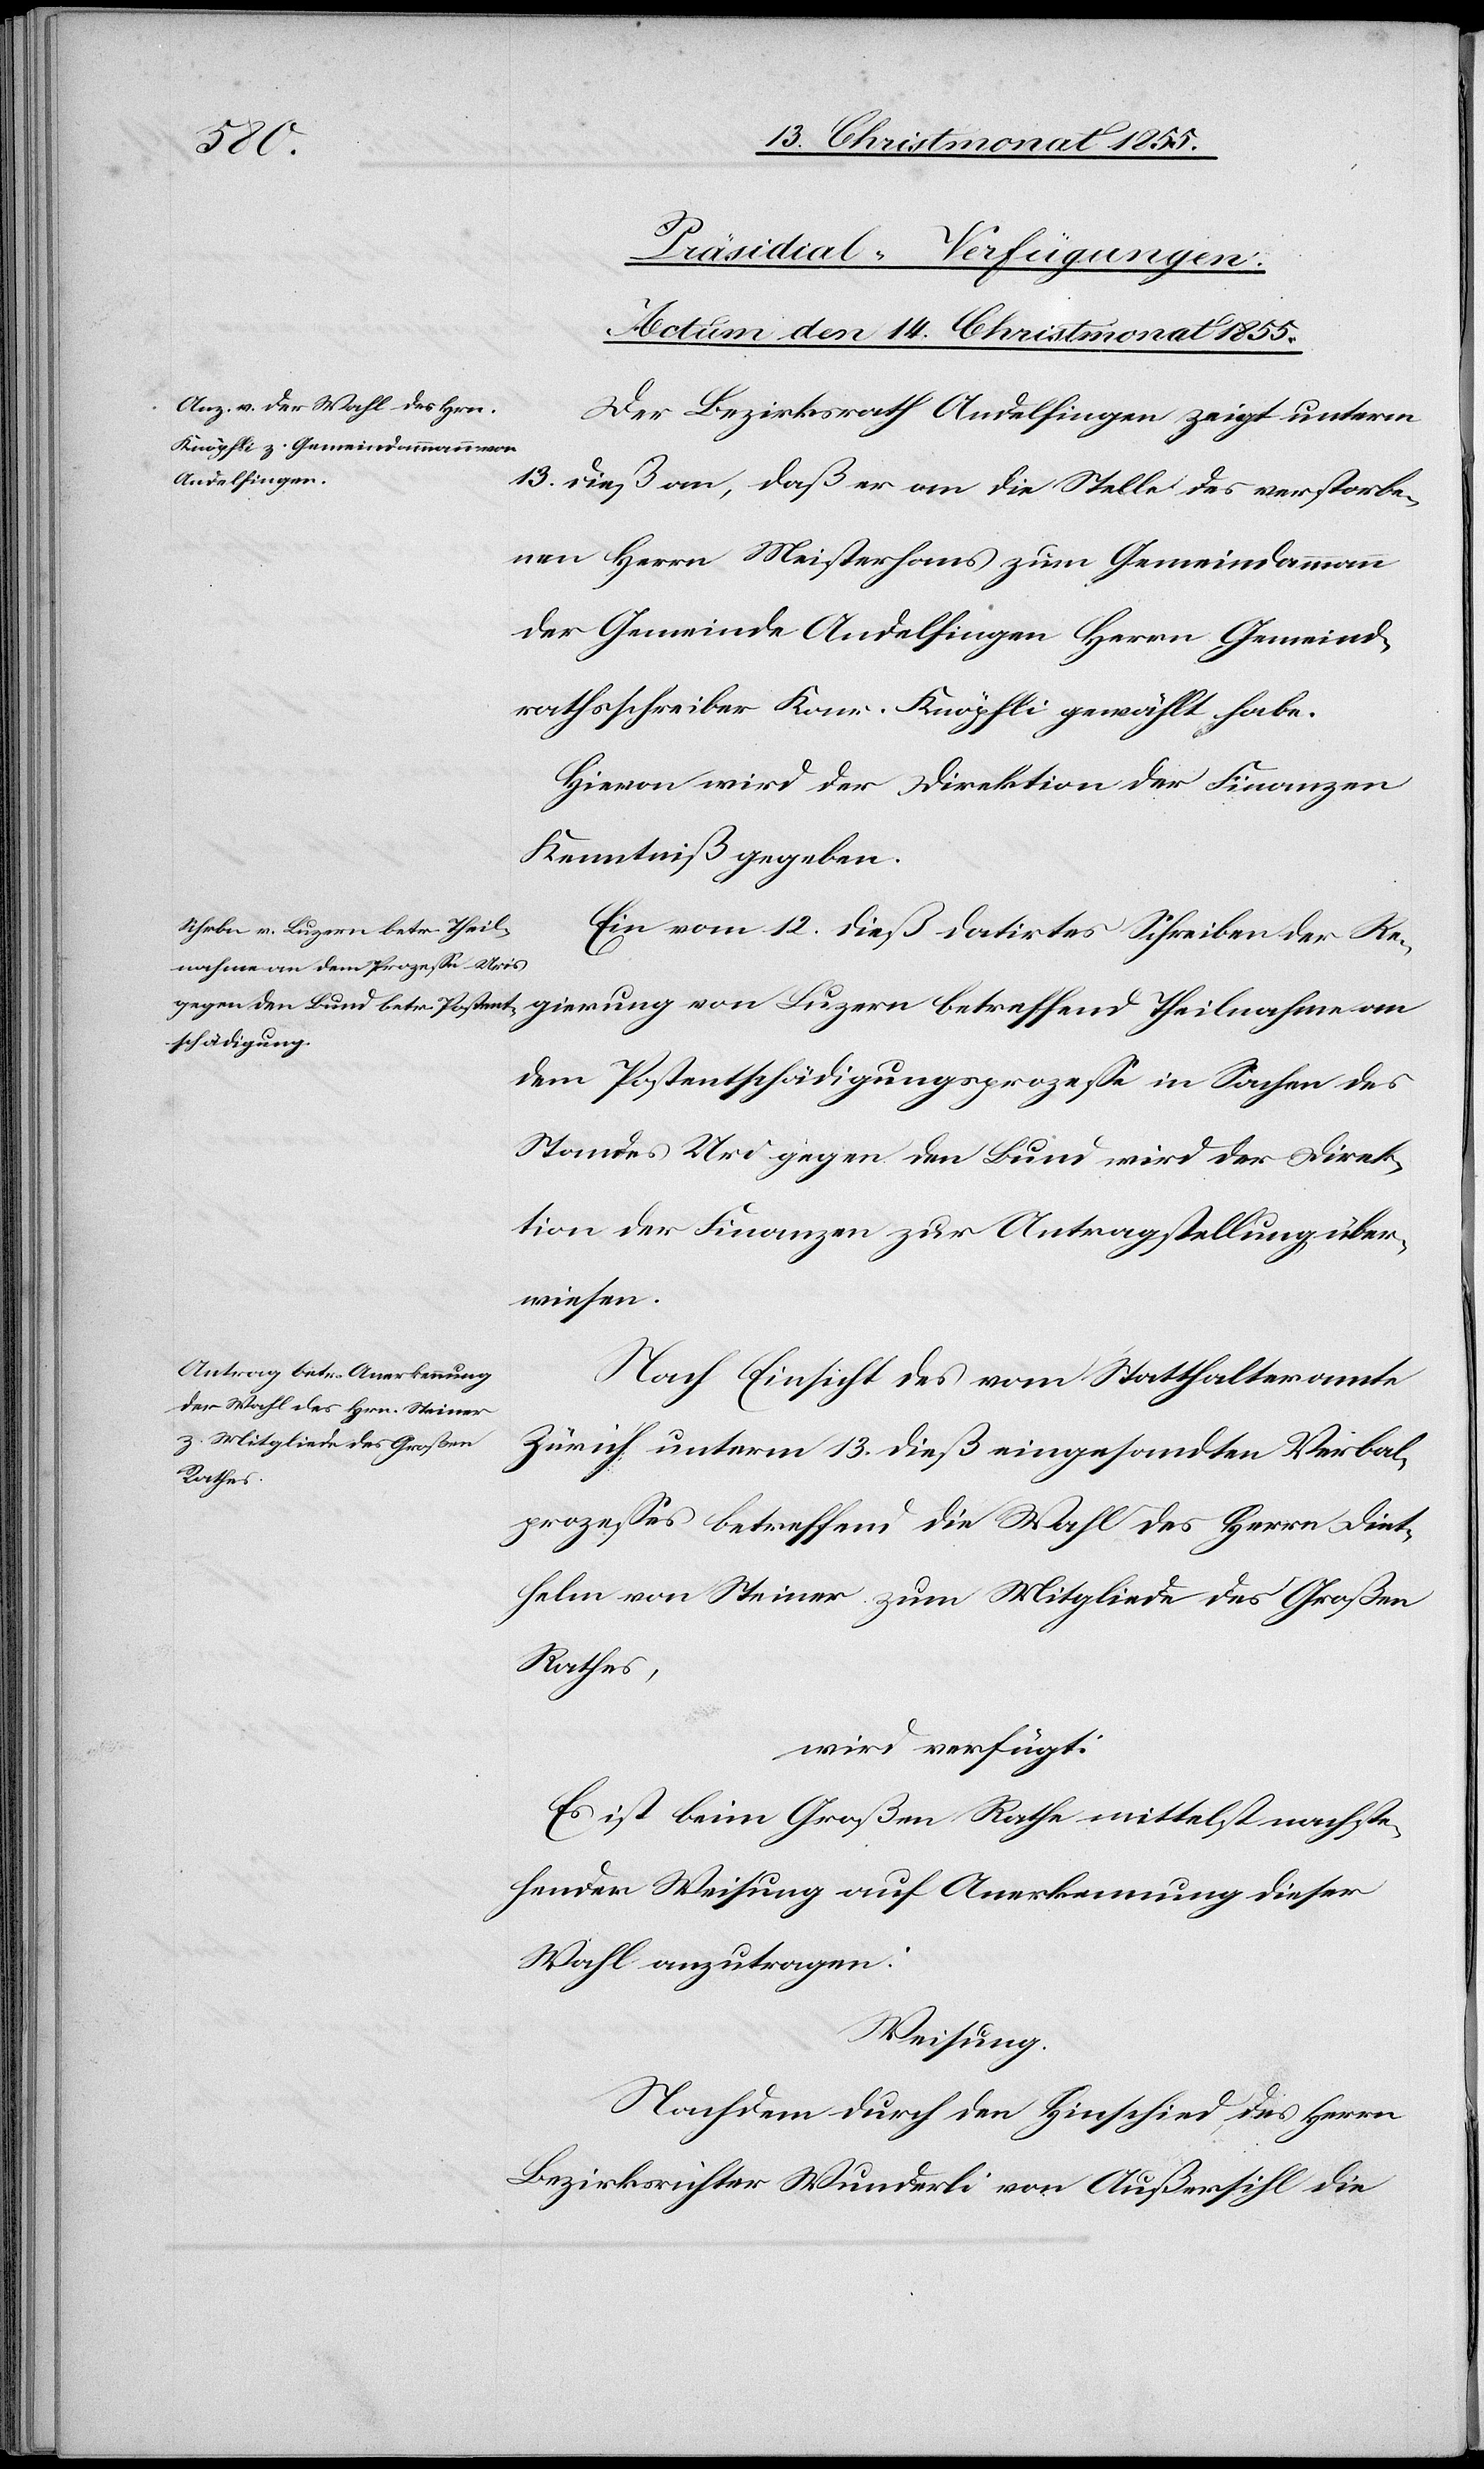
gierung
[Präsidial-Verfügungen.
Actum den 14. Christmonat 1855.]
Der Bezirksrath Andelfingen zeigt unterm
13. dieß an, daß er an die Stelle des verstorbe¬
nen Herrn Meisterhans zum Gemeindammann
der Gemeinde Andelfingen Herrn Gemeind¬
rathsschreiber Konr. Knöpfli gewählt habe.
Hievon wird der Direktion der Finanzen
Kenntniß gegeben.
Ein vom 12. dieß datirtes Schreiben der Re¬
dem Postentschädigungsprozesse in Sachen des
Standes Uri gegen den Bund wird der Direk¬
tion der Finanzen zur Antragstellung über¬
wiesen.
Nach Einsicht des vom Statthalteramte
Zürich unterm 13. dieß eingesandten Verbal¬
prozesses betreffend die Wahl des Herrn Diet¬
helm von Steiner zum Mitgliede des Großen
Rathes,
wird verfügt:
Es ist beim Großen Rathe mittelst nachste¬
hender Weisung auf Anerkennung dieser
Wahl anzutragen:
Weisung.
Nachdem durch den Hinschied des Herrn
Bezirksrichter Wunderli von Außersihl die